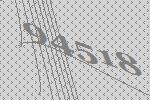
94518